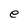
Character: e